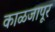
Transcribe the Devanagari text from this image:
काळजापूर